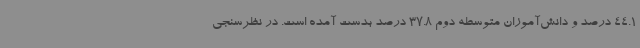
44.1 درصد و دانش‌آموزان متوسطه دوم 37.8 درصد بدست آمده است. در نظرسنجی